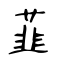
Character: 韮